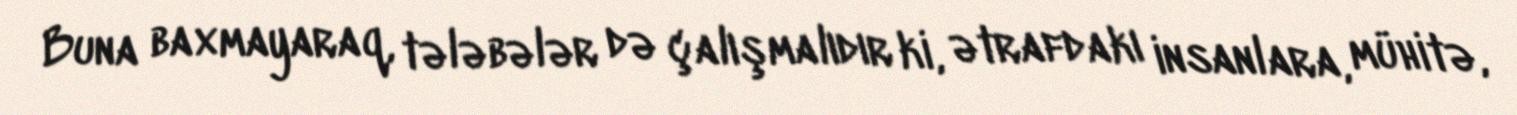
Buna baxmayaraq, tələbələr də çalışmalıdır ki, ətrafdakı insanlara, mühitə,